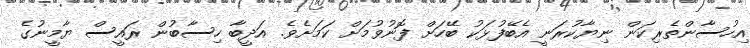
އިހުސާންތެރިކަން ނިޔާކުރަނީ އެބޭފުޅަކު ބޭހަށް ފޮނުވުމަށް ކަމަށެވެ. އަދީބާ ހިސާބުން ރައީސް ޔާމީނުގެ